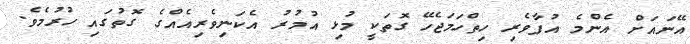
އޭނައަށް އެންމެ އުފާވެރި ހިތްހަމަޖެހޭ ގޮތަކީ މުޅި އުމުރު އެކަނިވެރިއެއްގެ ގޮތުގައި ހުރުމެވެ.